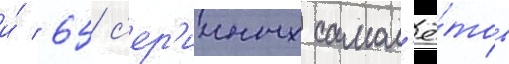
и́ 65 с'ер'ииных самол'ё́тов